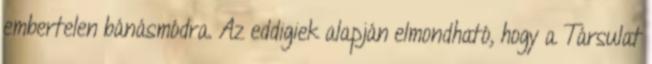
embertelen bánásmódra. Az eddigiek alapján elmondható, hogy a Társulat